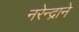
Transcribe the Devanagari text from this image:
नरेन्द्राने